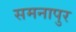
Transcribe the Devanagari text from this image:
समनापुर